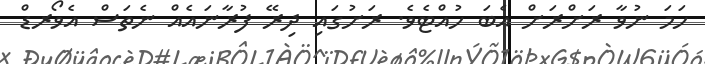
ހަމަ ނުވާ ރަށްރަށް އެބަ ހުއްޓެވެ. ރަށުގައި ދިރޭ ފުރާނައެއް ނެތަސް އެވޯރޑް